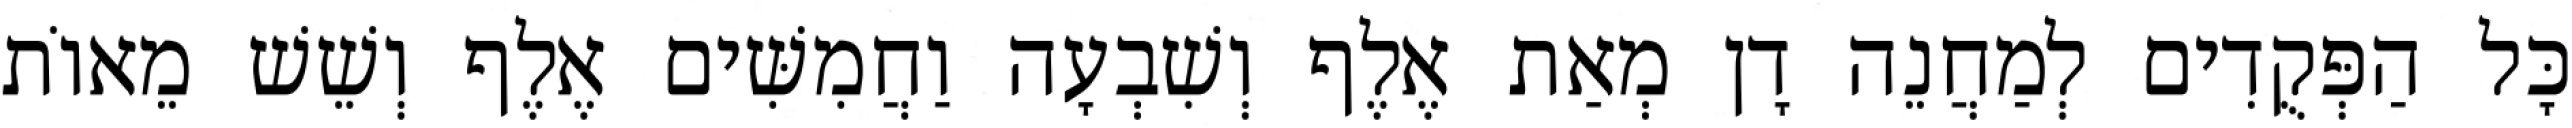
כָּל הַפְּקֻדִים לְמַחֲנֵה דָן מְאַת אֶלֶף וְשִׁבְעָה וַחֲמִשִּׁים אֶלֶף וְשֵׁשׁ מֵאוֹת